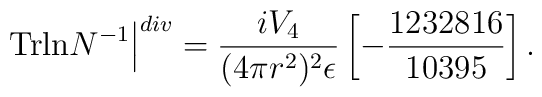
\left.{\rm Trln}N^{-1}\right\vert^{div}=\frac{iV_{4}}{(4\pi r^{2})^{2}\epsilon}\left[-\frac{1232816}{10395}\right].